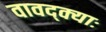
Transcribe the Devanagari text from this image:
वावद्क्याः